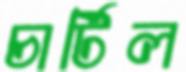
চার্টিল